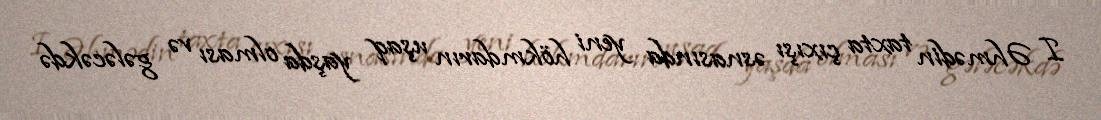
I Əhmədin taxta çıxışı əsnasında yeni hökmdarın uşaq yaşda olması və gələcəkdə